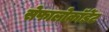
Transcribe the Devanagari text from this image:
सेफालोकॉर्डेट